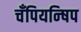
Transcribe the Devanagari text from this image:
चँपियन्षिप